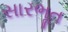
સારભૂત